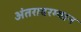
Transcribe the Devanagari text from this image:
अंतरादरम्यान